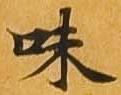
味